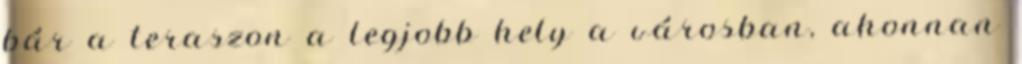
bár a teraszon a legjobb hely a városban, ahonnan